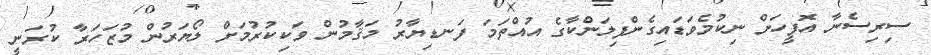
ސިރިސެނާ އޮފީހަށް ނިކުމެވަޑައިގެންފިލަންކާގެ އުއްތަމަ ފަނޑިޔާރު މަޤާމުން ވަކިކުރުމަށް ލޯޔަރުން މުޒަހަރާ ކުރަނީ